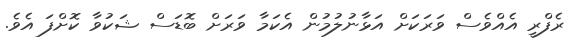
ރެފްރީ އެއްވެސް ވަރަކަށް އަޅާނުލުމުން އެކަމާ ވަރަށް ބޮޑަސް ޝަކުވާ ކޮށްފަ އެވެ.